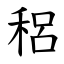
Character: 稆